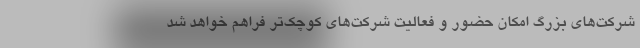
شرکت‌های بزرگ امکان حضور و فعالیت شرکت‌های کوچک‌تر فراهم خواهد شد